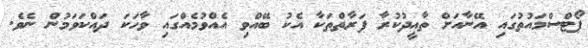
ޕޯޓްސްމައުތުގައި އޭނާއަށް ތާއީދުކުރާ ފަރާތްތަކާ އެކު ބޭއްވި އެއްވުމެއްގައި ވާހަކަ ދައްކަވަމުން ނެވެ.